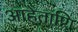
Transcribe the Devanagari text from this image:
आहेताणि